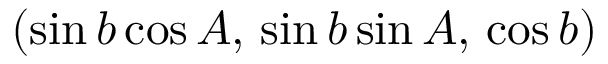
( \sin b \cos A , \, \sin b \sin A , \, \cos b )